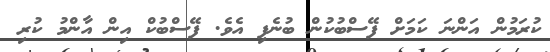
ކުރަމުން އަންނަ ކަމަށް ފޭސްބުކުން ބުނެފި އެވެ. ފޭސްބުކް އިން އާންމު ކުރި